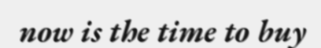
now is the time to buy